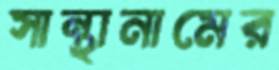
সান্থানামের